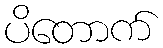
ပိတောက်